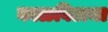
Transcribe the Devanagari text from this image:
काळविटाचा